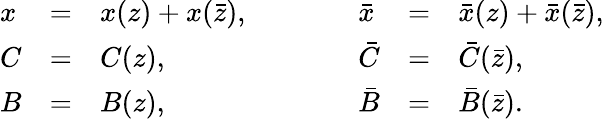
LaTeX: \begin{array}{lclclcl}{{x}}&{{=}}&{{x(z)+x(\bar{z}),}}&{{\qquad}}&{{\bar{x}}}&{{=}}&{{\bar{x}(z)+\bar{x}(\bar{z}),}}\\ {{C}}&{{=}}&{{C(z),}}&{{\qquad}}&{{\bar{C}}}&{{=}}&{{\bar{C}(\bar{z}),}}\\ {{B}}&{{=}}&{{B(z),}}&{{\qquad}}&{{\bar{B}}}&{{=}}&{{\bar{B}(\bar{z}).}}\end{array}